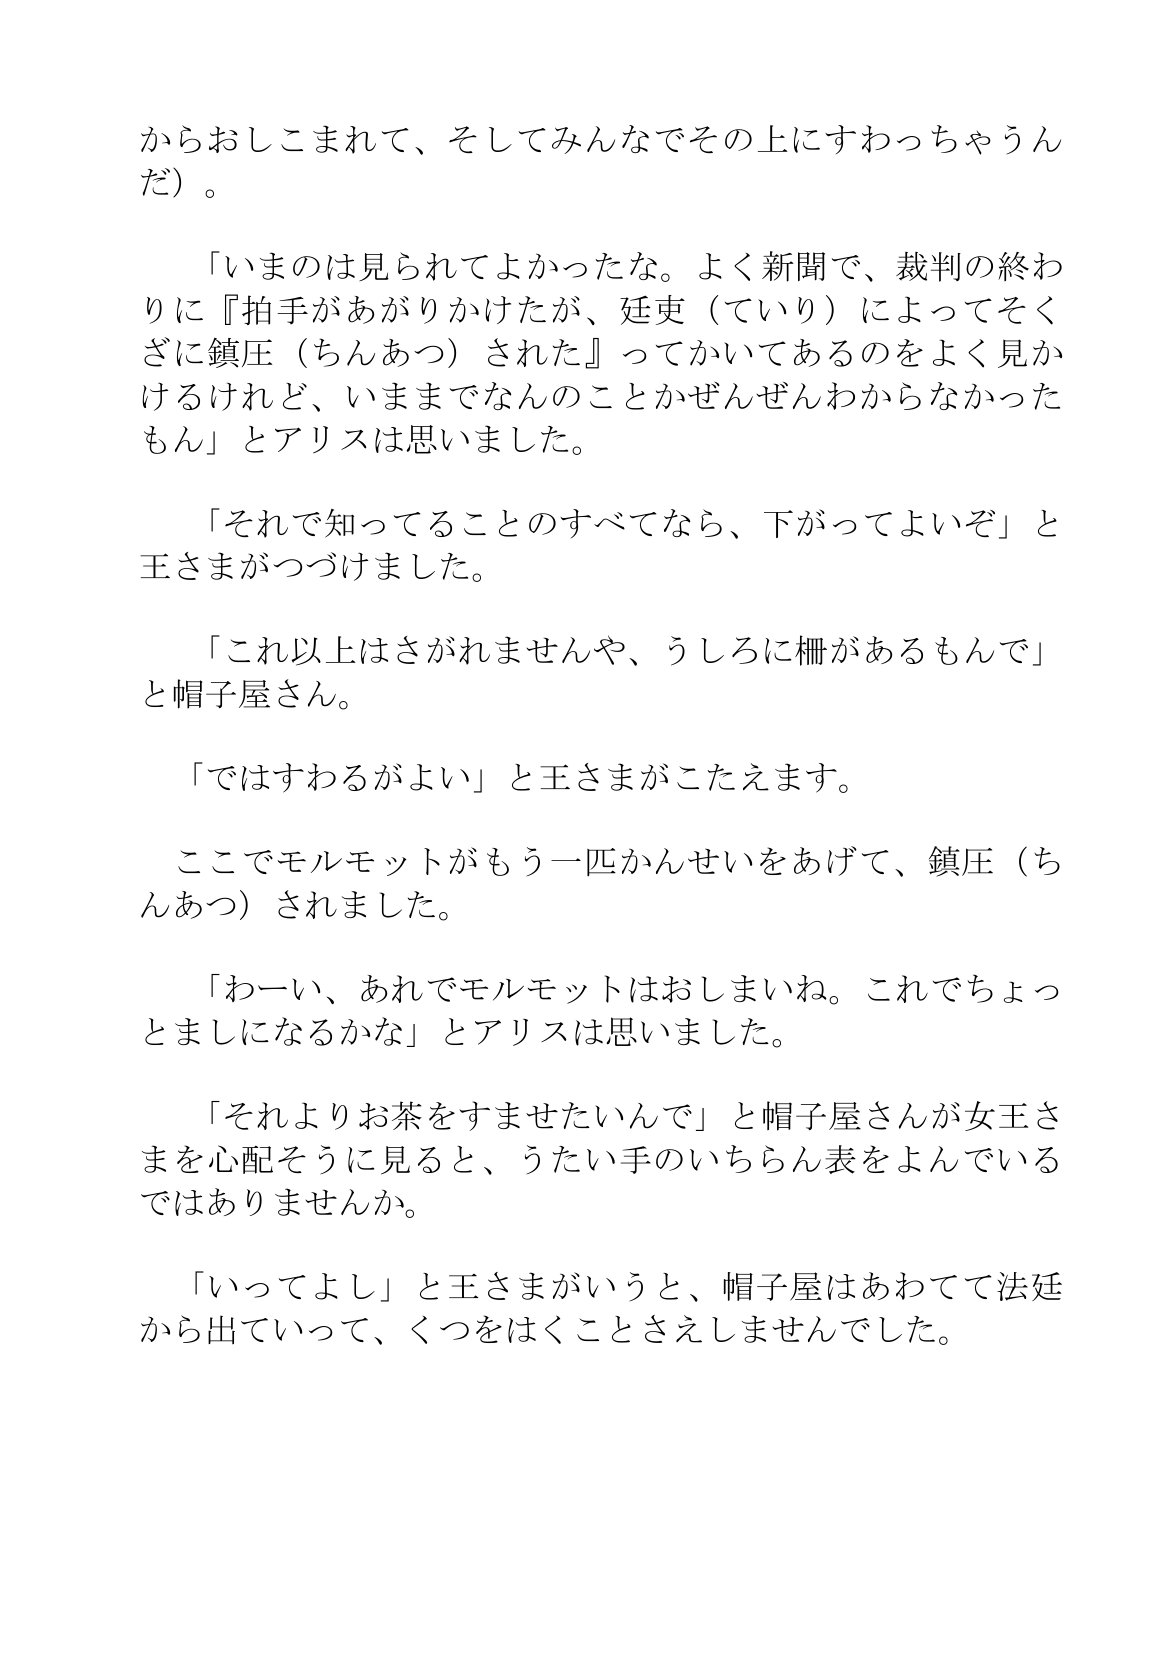
Language: ja